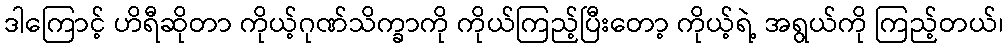
ဒါကြောင့် ဟိရီဆိုတာ ကိုယ့်ဂုဏ်သိက္ခာကို ကိုယ်ကြည့်ပြီးတော့ ကိုယ့်ရဲ့ အရွယ်ကို ကြည့်တယ်၊